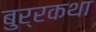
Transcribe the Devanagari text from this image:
बुर्रकथा